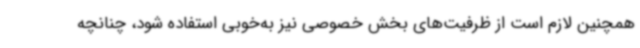
همچنین لازم است از ظرفیت‌های بخش خصوصی نیز به‌خوبی استفاده شود، چنانچه